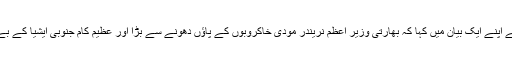
بھارتی فضائیہ کی دراندازی کے بعد اپوزیشن رہنما شہباز شریف نے اپنے ایک بیان میں کہا کہ بھارتی وزیر اعظم نریندر مودی خاکروبوں کے پاؤں دھونے سے بڑا اور عظیم کام جنوبی ایشیا کے بے گناہ انسانوں اور غریبوں کو جنگ میں نہ دھکیل کر کرسکتے ہیں۔